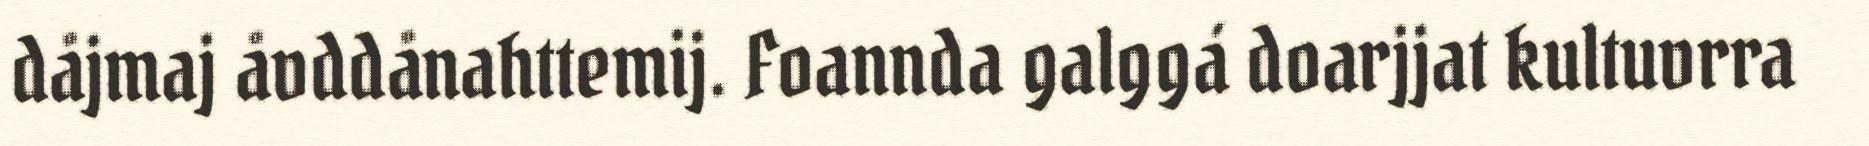
dåjmaj åvddånahttemij. Foannda galggá doarjjat kultuvrra